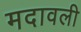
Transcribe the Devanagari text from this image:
मदावली